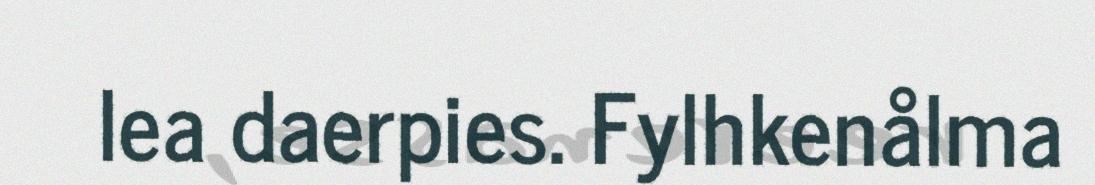
lea daerpies. Fylhkenålma